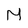
Character: M